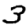
Digit: 3